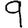
Digit: 9